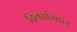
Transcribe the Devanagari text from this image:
दिवसांनंतरच